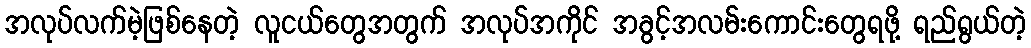
အလုပ်လက်မဲ့ဖြစ်နေတဲ့ လူငယ်တွေအတွက် အလုပ်အကိုင် အခွင့်အလမ်းကောင်းတွေရဖို့ ရည်ရွယ်တဲ့